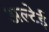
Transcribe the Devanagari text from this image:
अल्टेई